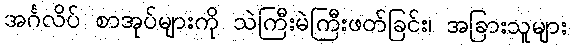
အင်္ဂလိပ် စာအုပ်များကို သဲကြီးမဲကြီးဖတ်ခြင်း၊ အခြားသူများ